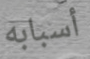
أسبابه